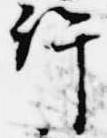
許